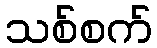
သစ်စက်